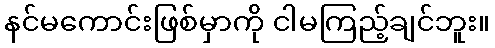
နင်မကောင်းဖြစ်မှာကို ငါမကြည့်ချင်ဘူး။